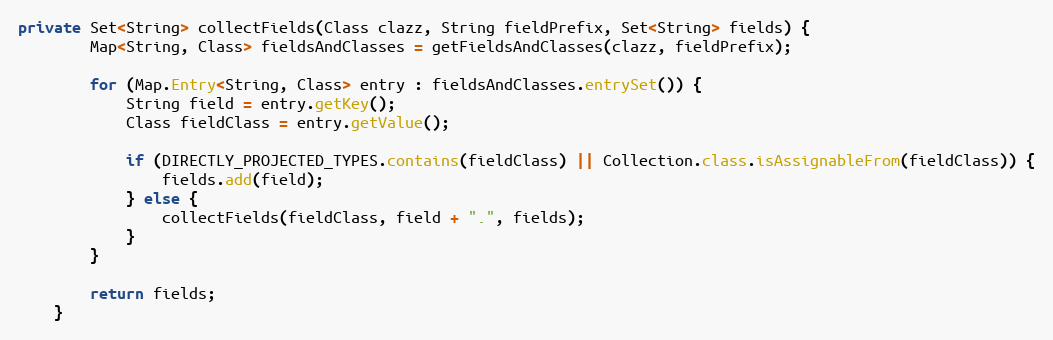
Language: Java
private Set<String> collectFields(Class clazz, String fieldPrefix, Set<String> fields) {
        Map<String, Class> fieldsAndClasses = getFieldsAndClasses(clazz, fieldPrefix);

        for (Map.Entry<String, Class> entry : fieldsAndClasses.entrySet()) {
            String field = entry.getKey();
            Class fieldClass = entry.getValue();

            if (DIRECTLY_PROJECTED_TYPES.contains(fieldClass) || Collection.class.isAssignableFrom(fieldClass)) {
                fields.add(field);
            } else {
                collectFields(fieldClass, field + ".", fields);
            }
        }

        return fields;
    }